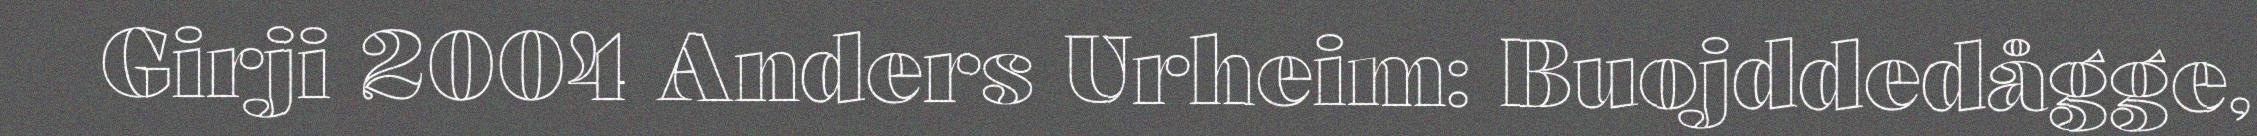
Girji 2004 Anders Urheim: Buojddedågge,